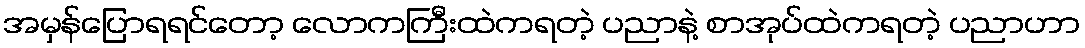
အမှန်ပြောရရင်တော့ လောကကြီးထဲကရတဲ့ ပညာနဲ့ စာအုပ်ထဲကရတဲ့ ပညာဟာ